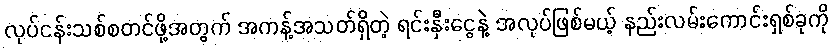
လုပ်ငန်းသစ်စတင်ဖို့အတွက် အကန့်အသတ်ရှိတဲ့ ရင်းနှီးငွေနဲ့ အလုပ်ဖြစ်မယ့် နည်းလမ်းကောင်းရှစ်ခုကို